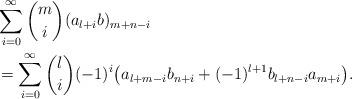
LaTeX: \begin{align*}&\sum_{i=0}^{\infty}\binom{m}{i}(a_{l+i}b)_{m+n-i} \\& = \sum_{i=0}^{\infty}\binom{l}{i}(-1)^i\big(a_{l+m-i}b_{n+i}+(-1)^{l+1}b_{l+n-i}a_{m+i}\big).\end{align*}